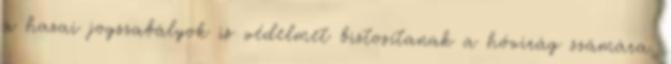
a hazai jogszabályok is védelmet biztosítanak a hóvirág számára.